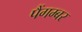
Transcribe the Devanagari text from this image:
पैंगम्‍बर